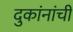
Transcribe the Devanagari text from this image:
दुकांनांची